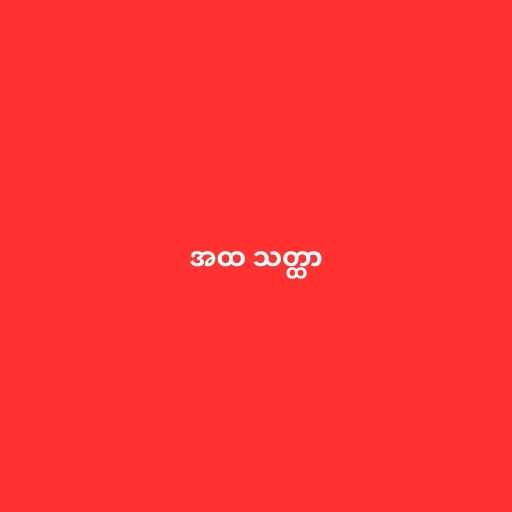
အထ သတ္ထာ